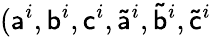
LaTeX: (\mathsf{a}^{i},\mathsf{b}^{i},\mathsf{c}^{i},\mathsf{\tilde{a}}^{i},\mathsf{\tilde{b}}^{i},\mathsf{\tilde{c}}^{i}